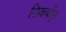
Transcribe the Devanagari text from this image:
तिकवाँपुर